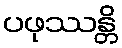
ပဖုဿန္တိ